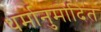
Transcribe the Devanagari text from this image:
धर्मानुमोदित